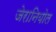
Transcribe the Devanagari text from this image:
जेरानियोल